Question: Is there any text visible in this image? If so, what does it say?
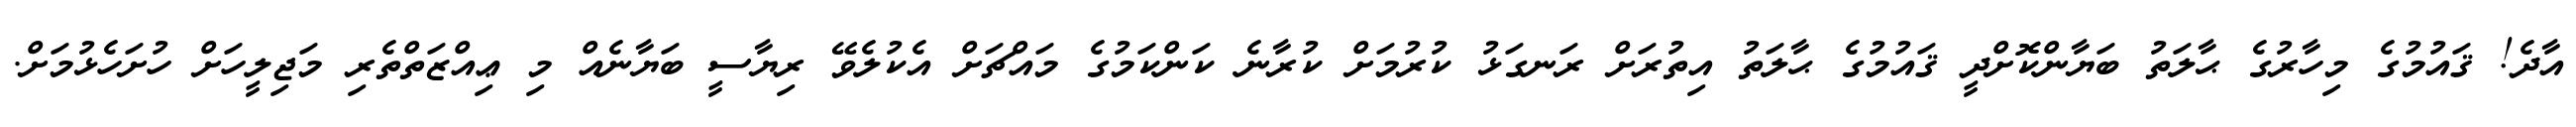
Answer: އާދެ! ޤައުމުގެ މިހާރުގެ ޙާލަތު ބަޔާންކޮށްދީ ޤައުމުގެ ޙާލަތު އިތުރަށް ރަނގަޅު ކުރުމަށް ކުރާނެ ކަންކަމުގެ މައްޗަށް އެކުލެވޭ ރިޔާސީ ބަޔާނެއް މި ޢިއްޒަތްތެރި މަޖިލީހަށް ހުށަހެޅުމަށް.